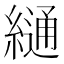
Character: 𦄷